Source: Computer-generated
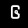
Digit: ၆ (6)